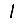
Digit: 1